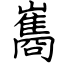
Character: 巂